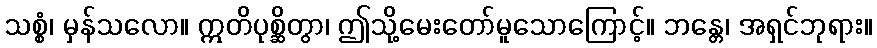
သစ္စံ၊ မှန်သလော။ ဣတိပုစ္ဆိတွာ၊ ဤသို့မေးတော်မူသောကြောင့်။ ဘန္တေ၊ အရှင်ဘုရား။